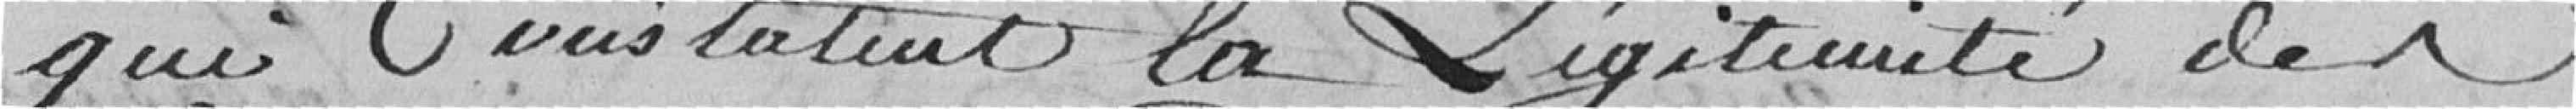
qui constatent la légitimité des